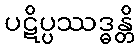
ပဋိပ္ပဿဒ္ဓန္တိ